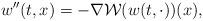
LaTeX: \begin{align*} w''(t,x)=-\nabla\mathcal{W}(w(t,\cdot))(x),\end{align*}